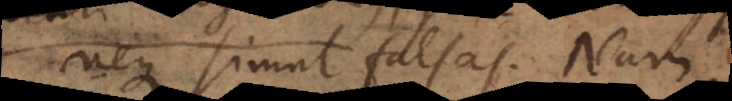
neque simul falsas. Nam